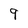
Character: 9